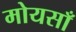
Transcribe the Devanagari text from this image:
मोयसाँ